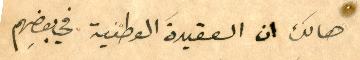
هالك ان العقيدَة الوطنية في بعضِهم